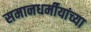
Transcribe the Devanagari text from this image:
समानधर्मीयांच्या